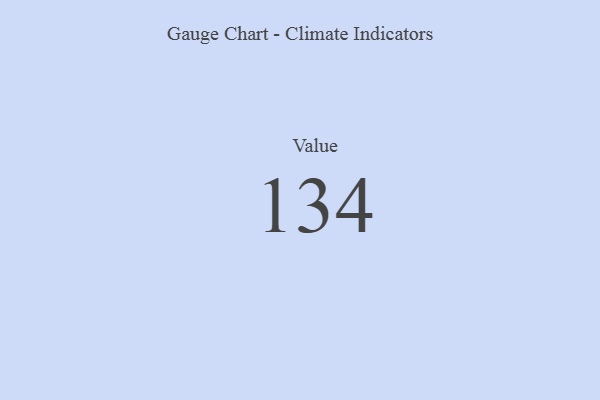
{"axis": {"x": "Metric", "y": "Value"}, "legend": [""], "data": [{"x": "Value", "y": 134, "type": ""}]}